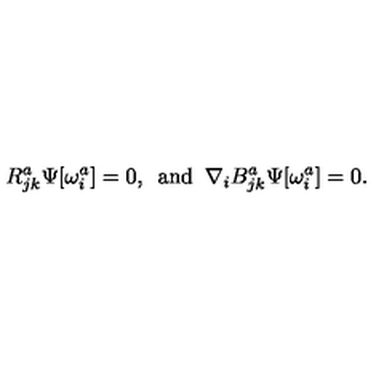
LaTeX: R _ { j k } ^ { a } \Psi [ \omega _ { i } ^ { a } ] = 0 , \enspace \mathrm { a n d } \enspace \nabla _ { i } B _ { j k } ^ { a } \Psi [ \omega _ { i } ^ { a } ] = 0 .